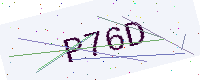
Text: P76D